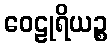
ဝေဠုရိယဉ္စ